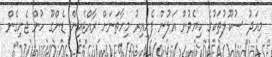
މިއަދު ސުކޫލުތަކުގެ ކިޔެވުން އަލުން ފެށިއިރު މިހާތަނަށް ރާއްޖެއިން ޑެންގޫ ހުން ޖެހިގެން